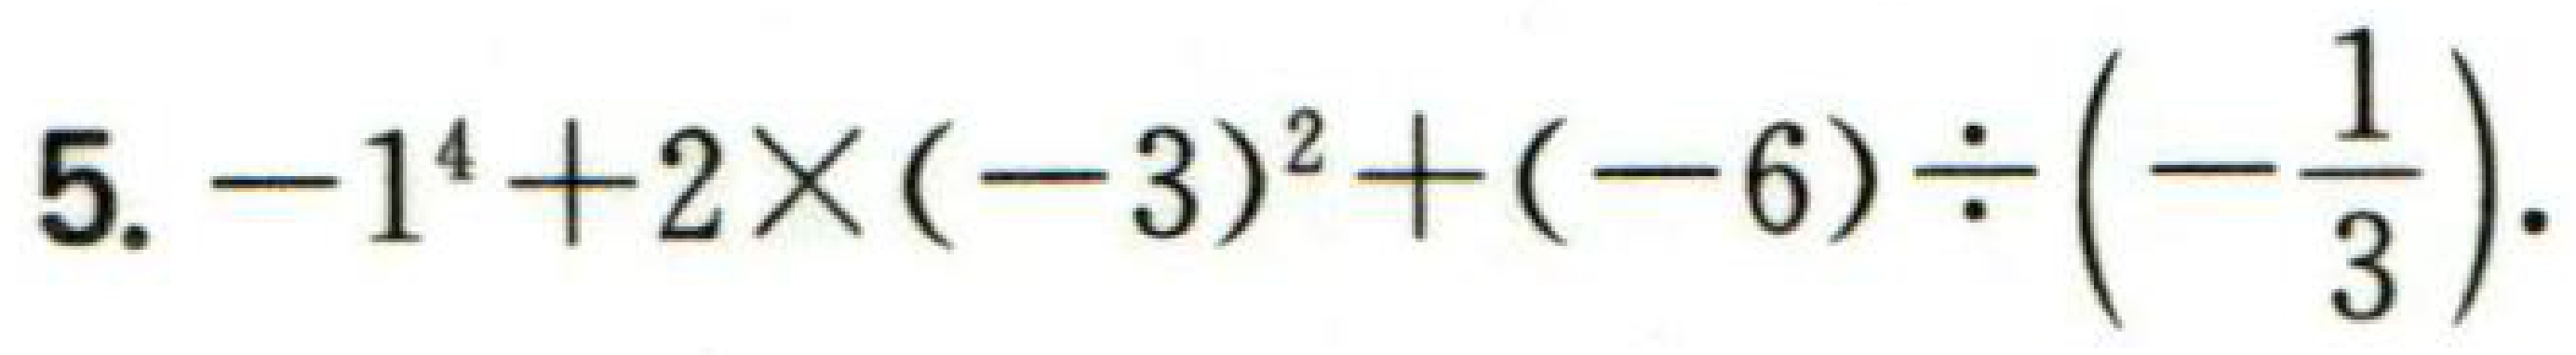
5. \(-1^{4}+2\times(-3)^{2}+(-6)\div\left(-\frac{1}{3}\right)\).